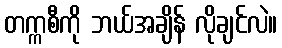
တက္ကစီကို ဘယ်အချိန် လိုချင်လဲ။